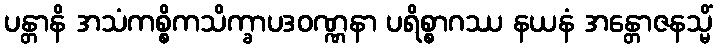
ပန္တာနိ အသံကစ္စိကသိက္ခာပဒဝဏ္ဏနာ ပရိစ္စာဂဿ နယနံ အန္တောဇနသ္မိံ